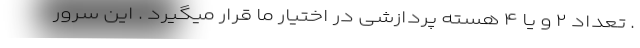
. تعداد ۲ و یا ۴ هسته پردازشی در اختیار ما قرار میگیرد . این سرور